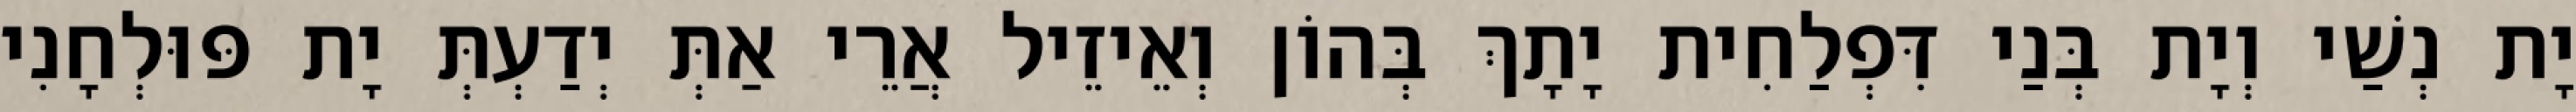
יָת נְשַׁי וְיָת בְּנַי דִּפְלַחִית יָתָךְ בְּהוֹן וְאֵיזֵיל אֲרֵי אַתְּ יְדַעְתְּ יָת פּוּלְחָנִי